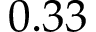
0 . 3 3